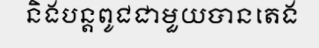
និងបន្តពូជជាមួយបានតេង